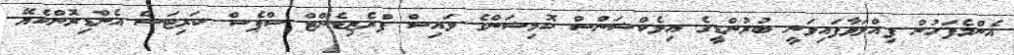
އެންމެފަހުން ފިއްލަވާފައިވަނީ ބުރުންޑީގެ އިލެކްޝަންސް ކޮމިޝަންގެ ވައިސް ޕްރެޒިޑެންޓް ސްޕެސް ކަރިޓަސް އެންޑިރޮންކެޔޭ